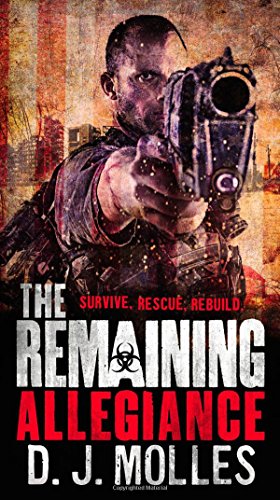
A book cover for The Remaining: Allegiance; D. J. Molles; Mystery, Thriller & Suspense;